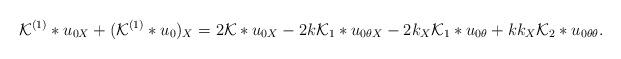
LaTeX: \begin{align*}\mathcal{K}^{(1)}*u_{0X} + (\mathcal{K}^{(1)}*u_{0})_{X} &= 2\mathcal{K}*u_{0X} - 2k\mathcal{K}_{1}*u_{0\theta X} - 2k_{X}\mathcal{K}_{1}*u_{0\theta} + kk_{X}\mathcal{K}_{2}*u_{0\theta\theta}.\end{align*}